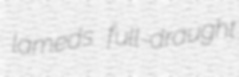
lameds full-draught